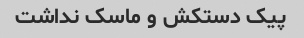
پیک دستکش و ماسک نداشت